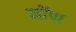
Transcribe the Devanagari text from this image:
मोंपा